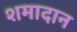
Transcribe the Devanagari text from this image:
शमादान